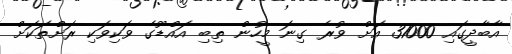
އާބާދީގައި 31000 އަށް ވުރެ ގިނަ މީހުން ތިބި އައްޑޫގެ ވަކިވަކި ރަށްތަކަށް